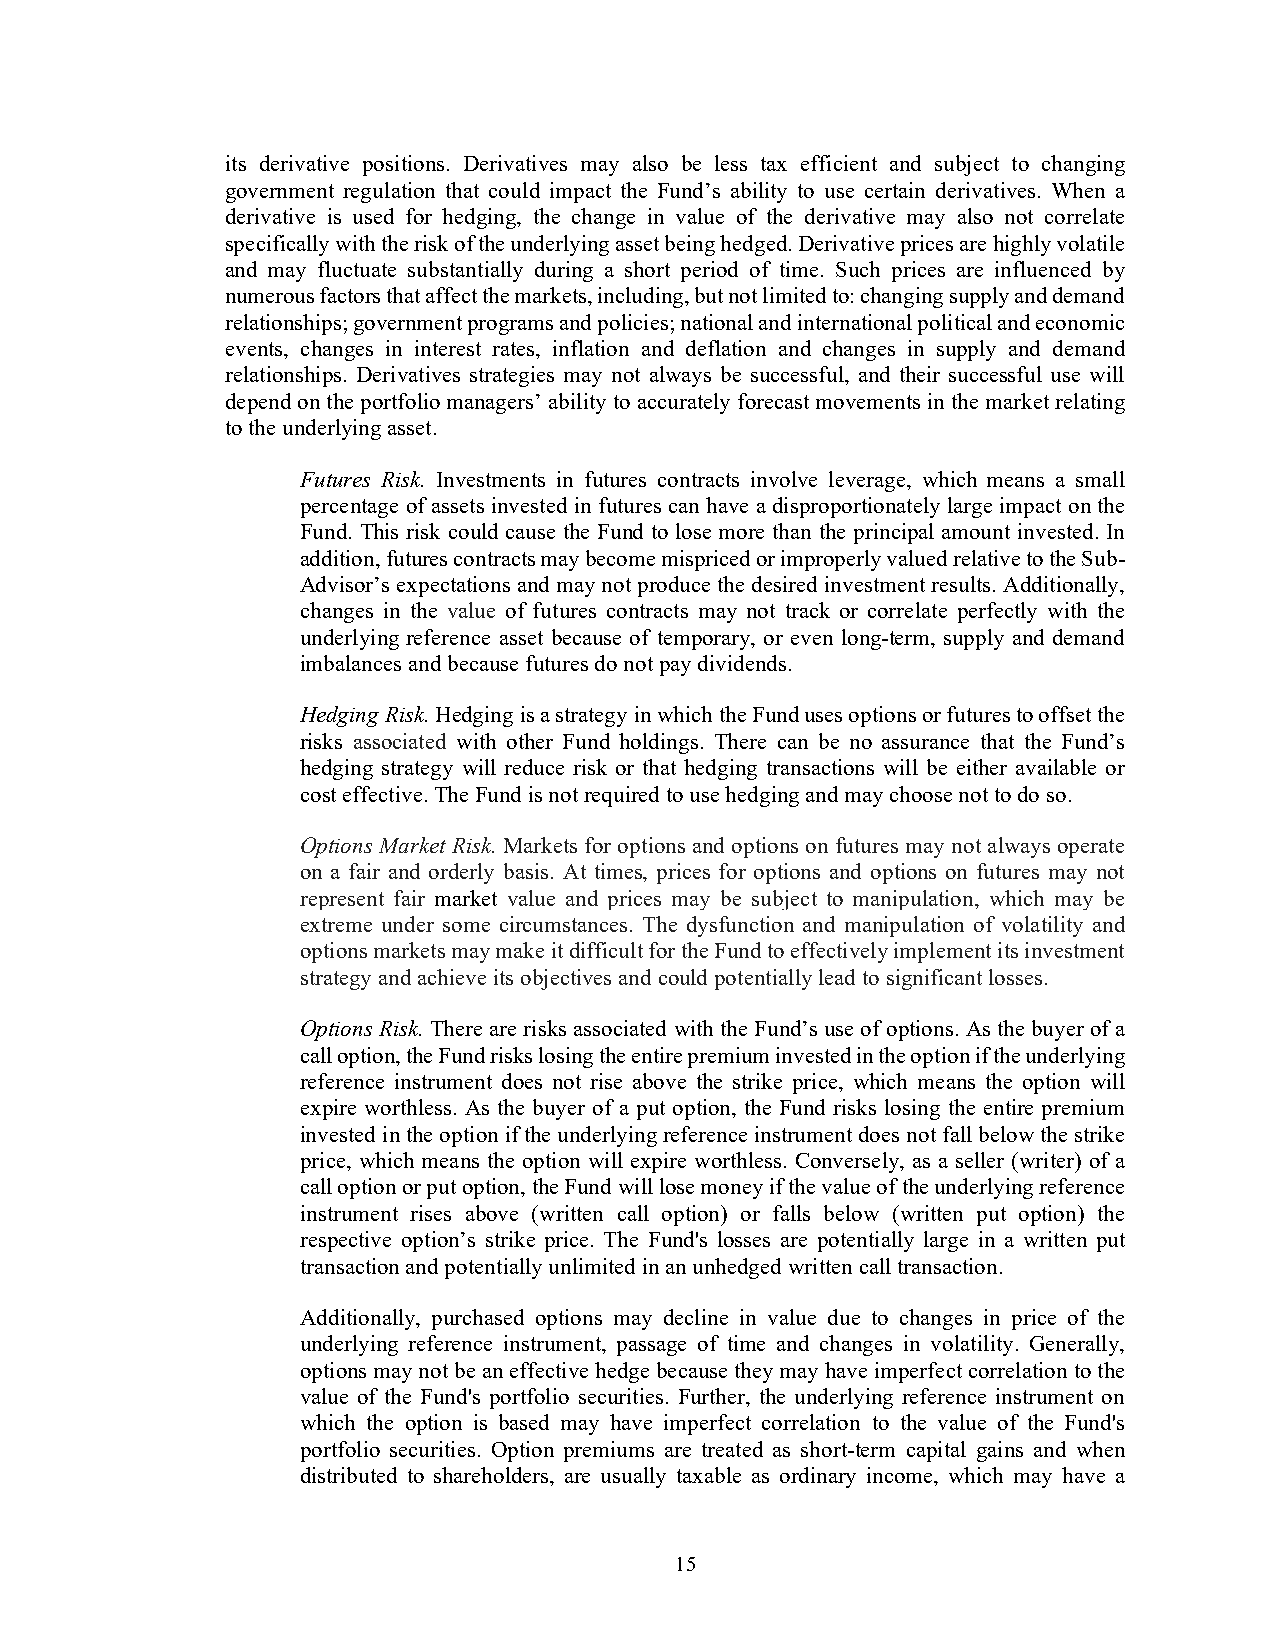
its derivative positions. Derivatives may also be less tax efficient and subject to changing
 government regulation that could impact the Fund’s ability to use certain derivatives. When a
 derivative is used for hedging, the change in value of the derivative may also not correlate
 specifically with the risk of the underlying asset being hedged. Derivative prices are highly volatile
 and may fluctuate substantially during a short period of time. Such prices are influenced by
 numerous factors that affect the markets, including, but not limited to: changing supply and demand
 relationships; government programs and policies; national and international political and economic
 events, changes in interest rates, inflation and deflation and changes in supply and demand
 relationships. Derivatives strategies may not always be successful, and their successful use will
 depend on the portfolio managers’ ability to accurately forecast movements in the market relating
 to the underlying asset.
 Futures Risk. Investments in futures contracts involve leverage, which means a small
 percentage of assets invested in futures can have a disproportionately large impact on the
 Fund. This risk could cause the Fund to lose more than the principal amount invested. In
 addition, futures contracts may become mispriced or improperly valued relative to the Sub-
 Advisor’s expectations and may not produce the desired investment results. Additionally,
 changes in the value of futures contracts may not track or correlate perfectly with the
 underlying reference asset because of temporary, or even long-term, supply and demand
 imbalances and because futures do not pay dividends.
 Hedging Risk. Hedging is a strategy in which the Fund uses options or futures to offset the
 risks associated with other Fund holdings. There can be no assurance that the Fund’s
 hedging strategy will reduce risk or that hedging transactions will be either available or
 cost effective. The Fund is not required to use hedging and may choose not to do so.
 Options Market Risk. Markets for options and options on futures may not always operate
 on a fair and orderly basis. At times, prices for options and options on futures may not
 represent fair market value and prices may be subject to manipulation, which may be
 extreme under some circumstances. The dysfunction and manipulation of volatility and
 options markets may make it difficult for the Fund to effectively implement its investment
 strategy and achieve its objectives and could potentially lead to significant losses.
 Options Risk. There are risks associated with the Fund’s use of options. As the buyer of a
 call option, the Fund risks losing the entire premium invested in the option if the underlying
 reference instrument does not rise above the strike price, which means the option will
 expire worthless. As the buyer of a put option, the Fund risks losing the entire premium
 invested in the option if the underlying reference instrument does not fall below the strike
 price, which means the option will expire worthless. Conversely, as a seller (writer) of a
 call option or put option, the Fund will lose money if the value of the underlying reference
 instrument rises above (written call option) or falls below (written put option) the
 respective option’s strike price. The Fund's losses are potentially large in a written put
 transaction and potentially unlimited in an unhedged written call transaction.
 Additionally, purchased options may decline in value due to changes in price of the
 underlying reference instrument, passage of time and changes in volatility. Generally,
 options may not be an effective hedge because they may have imperfect correlation to the
 value of the Fund's portfolio securities. Further, the underlying reference instrument on
 which the option is based may have imperfect correlation to the value of the Fund's
 portfolio securities. Option premiums are treated as short-term capital gains and when
 distributed to shareholders, are usually taxable as ordinary income, which may have a
 15